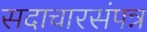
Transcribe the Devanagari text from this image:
सदाचारसंपन्न